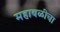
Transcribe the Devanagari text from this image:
महाबळीचा